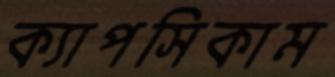
ক্যাপসিকাম